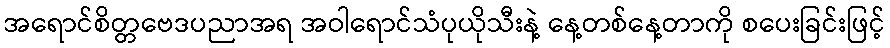
အရောင်စိတ္တဗေဒပညာအရ အဝါရောင်သံပုယိုသီးနဲ့ နေ့တစ်နေ့တာကို စပေးခြင်းဖြင့်